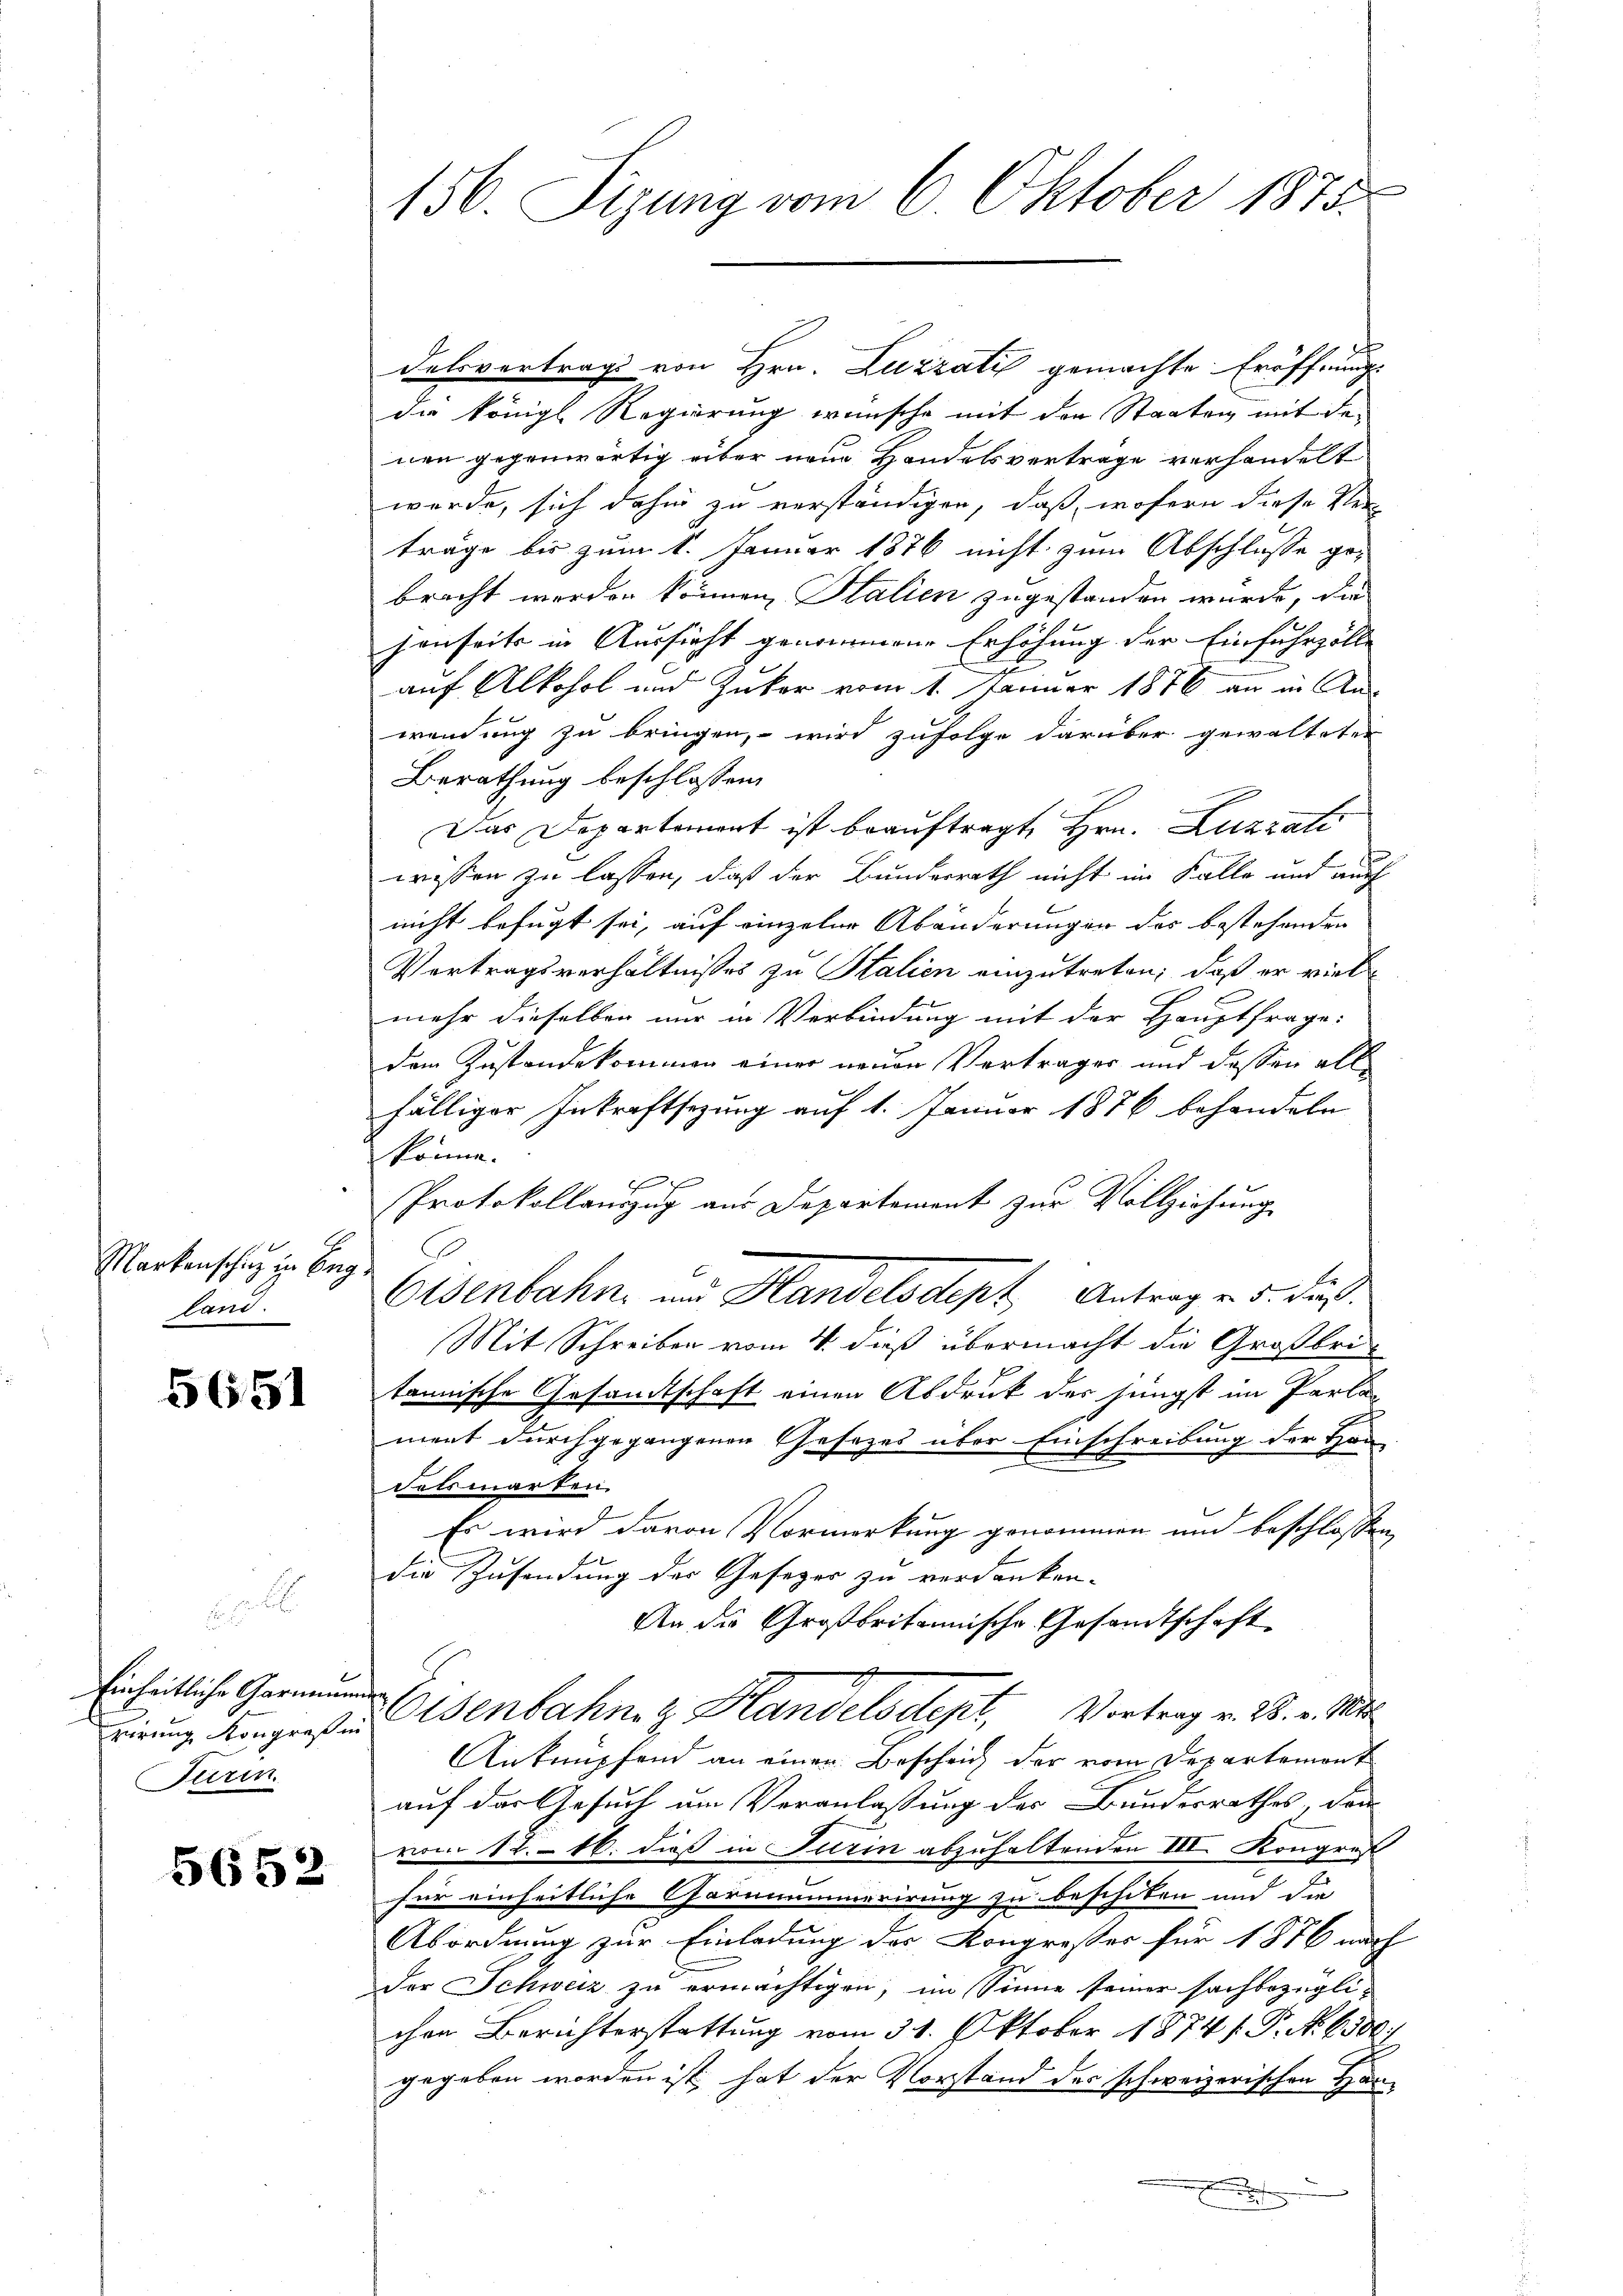
Markenschung in Beg
land.

5651

E

Einheitliche Garmin
Turin.

5652

156. Sizung vom 6. Oktober 1875.

delsvertrags von Hrn. Luzzati gemachte Eröffnungs
die königl Regierung wünsche mit der Staaten mit der
nen gegenwärtig über neue Handelsvertrage verhandelt
werde, sich dahin zu verständigen, daß, wofern diese Verträge bis zum 1. Januar 1876 nicht zum Abschlusse gebracht werden können, Salien zugestanden würde, die
henseits in Aussicht genommene Erhöhung der Einfuhrzölle
auf Alkohol und Zuker vom 1. Januar 1876 an in Anwendung zu bringen, wird zufolge darüber gewalteter
Berathung beschlossen,
Das Departement ist beauftragt, Hrn. Luzzati
wissen zu lassen, daß der Bundesrath nicht im Falle und auch
nicht befugt sei, auf einzelne Abänderungen der bestehenden
Vertragsverhältnisses zu Stalien einzutreten; daß er viel
mehr dieselben nur in Verbindung mit der Hauptfrage:
dem Zustandekommen einer neuen Vertrages und dessen allfälliger Inkraftsezung auf 1. Januar 1876 behandeln
könne.

Protokollauszug aus Departement zur Vollziehung
Eisenbahn im Handelsdeph Antrag v. 5. ds.
Mit Schreiben vom 4. dieß übermacht die Großbritannische Gesandtschaft einen Abdruk des jüngst im Parlament durchgegangenen Gesezes über Einschreibung der Han-
Felswarten.
Es wird davon Vormerkung genommen und beschlossen,
die Zusendung der Gesezer zu verdanken.
An die Großbritannische Gesandtschaft
rirung. Kongreße senbahne z. Handelsdept, Vortrag v. M. v. Mts.
Anknüpfend an einen Beschrich der vom Departement
auf das Gesuch um Veranlaßung der Bundesrathes, da
vom 12. 16. dieß in Turin abzuhaltenden III. Kongres
für einheitliche Gormnummerirung zu beschiken und die
Abordnung zur Einladung des Kongresser für 1876 nach
der Schweiz zu ermächtigen, im Sinne seiner sachbezüglichen Berichterstattung vom 31. Oktober 1874 f. P. Nr. 6500/
gegeben worden ist hat der Vorstand des schweizerischen Häu¬